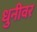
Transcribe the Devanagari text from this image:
धुनीवर